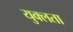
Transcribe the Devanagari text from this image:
युक्लता